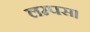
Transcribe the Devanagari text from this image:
लम्पस।